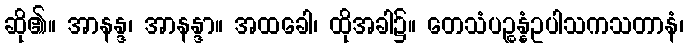
ဆို၏။ အာနန္ဒ၊ အာနန္ဒာ။ အထခေါ၊ ထိုအခါ၌။ တေသံပဉ္စန္နံဥပါသကသတာနံ၊